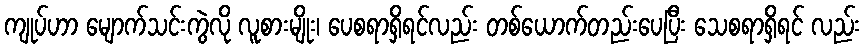
ကျုပ်ဟာ မျောက်သင်းကွဲလို လူစားမျိုး၊ ပေစရာရှိရင်လည်း တစ်ယောက်တည်းပေပြီး သေစရာရှိရင် လည်း